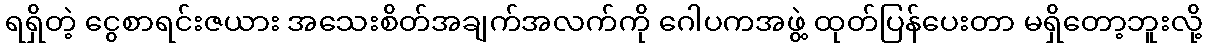
ရရှိတဲ့ ငွေစာရင်းဇယား အသေးစိတ်အချက်အလက်ကို ဂေါပကအဖွဲ့ ထုတ်ပြန်ပေးတာ မရှိတော့ဘူးလို့